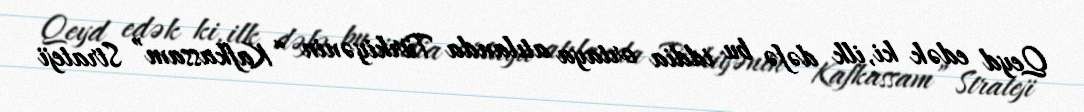
Qeyd edək ki, ilk dəfə bu iddia ortaya atılanda Türkiyənin “Kafkassam” Strateji